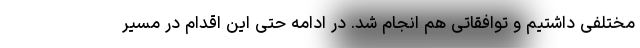
مختلفی داشتیم و توافقاتی هم انجام شد. در ادامه حتی این اقدام در مسیر